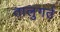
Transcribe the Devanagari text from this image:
तालुगर्त